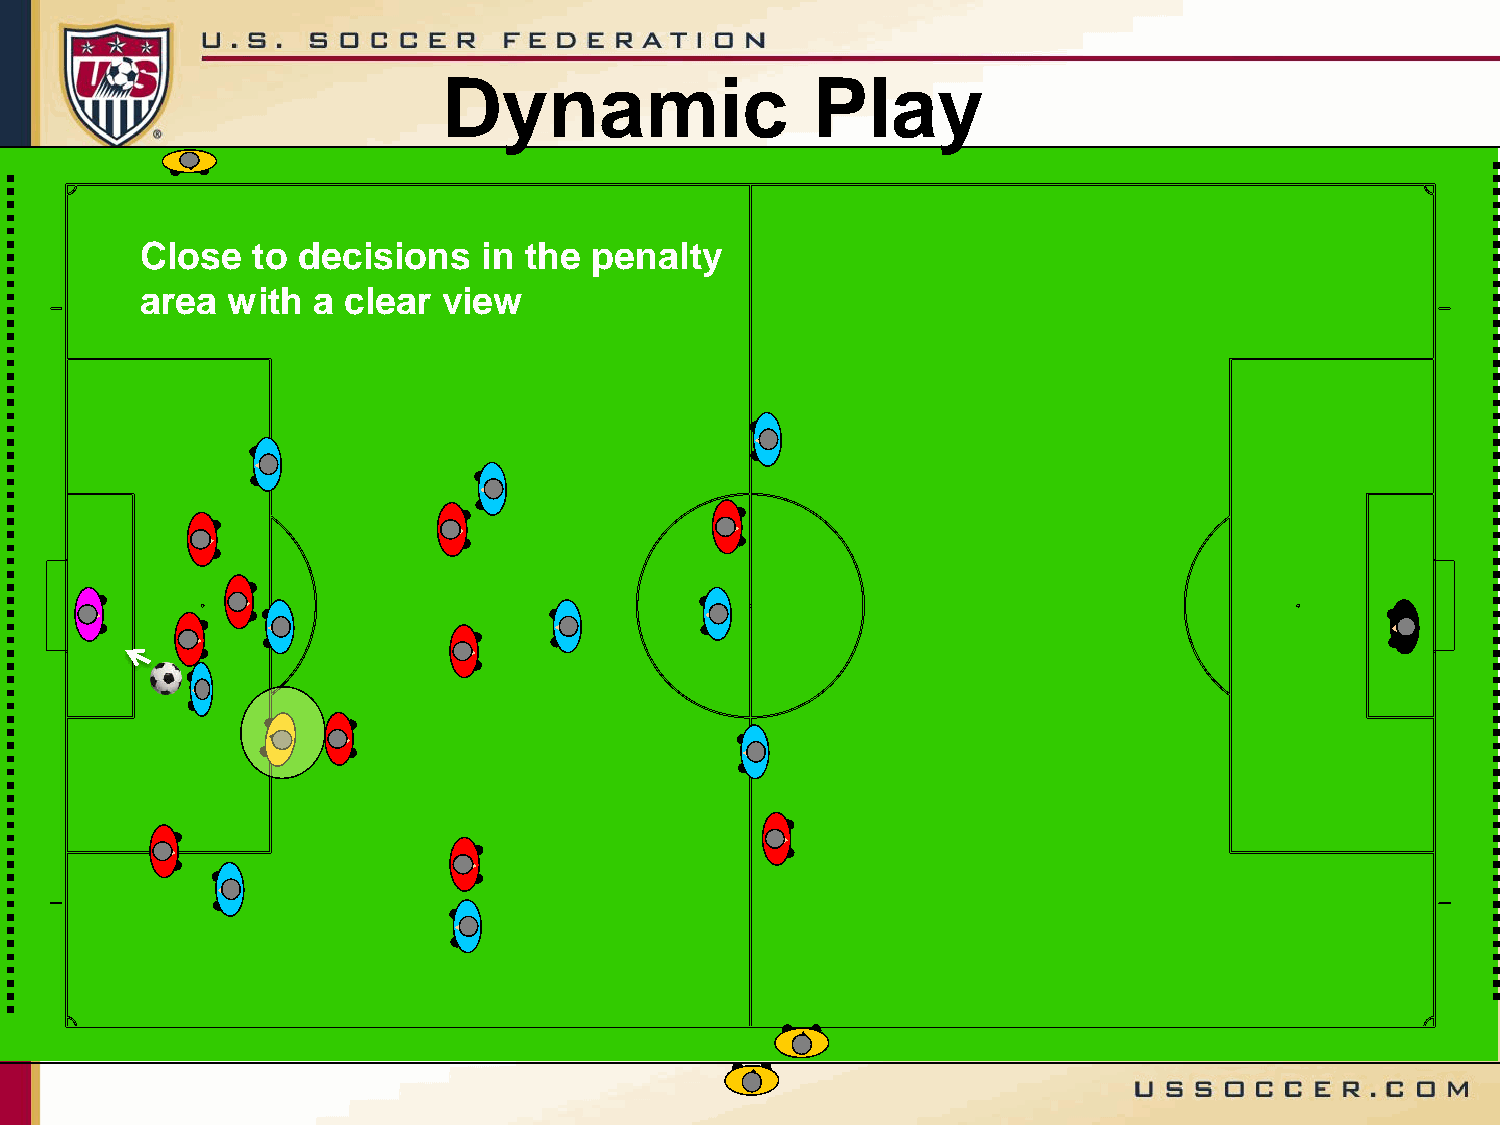
Dynamic                  Play
 Close   to decisions   in the penalty
 area  with  a clear view